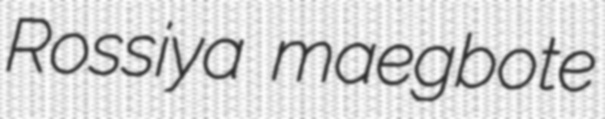
Rossiya maegbote